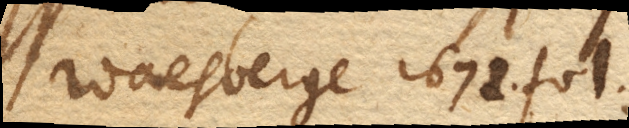
Waesberge 1672. fol.